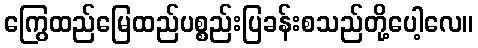
ကြွေထည်မြေထည်ပစ္စည်းပြခန်းစသည်တို့ပေါ့လေ။